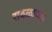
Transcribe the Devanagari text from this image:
रावळाच्या